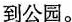
到公园。